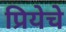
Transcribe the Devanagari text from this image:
प्रियेचे